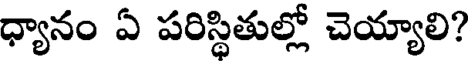
ధ్యానం ఏ పరిస్థితుల్లో చెయ్యాలి?